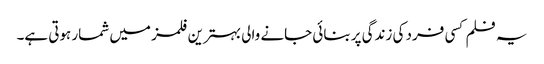
یہ فلم کسی فرد کی زندگی پر بنائی جانے والی بہترین فلمز میں شمار ہوتی ہے۔